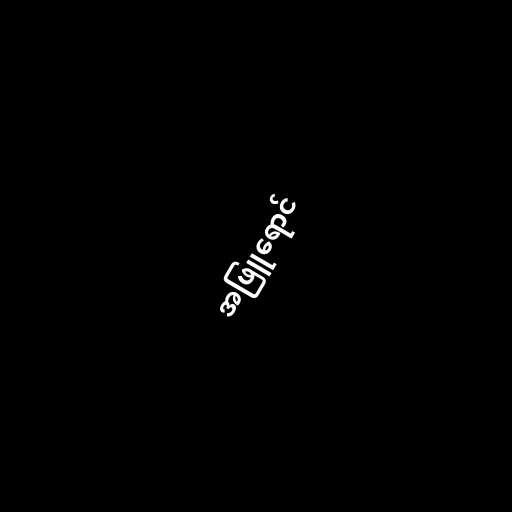
အဖြူရောင်